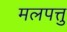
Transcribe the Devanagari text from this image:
मलपत्तु